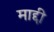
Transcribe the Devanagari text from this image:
माद्दी